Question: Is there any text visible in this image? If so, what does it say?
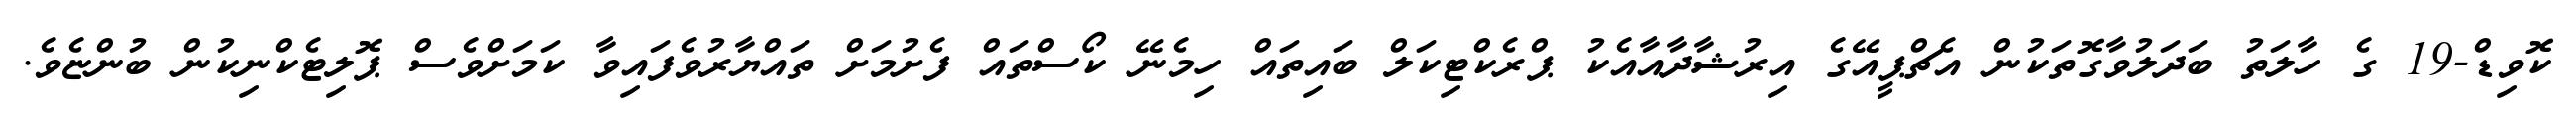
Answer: ކޮވިޑް-19 ގެ ހާލަތު ބަދަލުވާގޮތަކުން އެޗްޕީއޭގެ އިރުޝާދާއާއެކު ޕްރެކްޓިކަލް ބައިތައް ހިމެނޭ ކޯސްތައް ފެށުމަށް ތައްޔާރުވެފައިވާ ކަމަށްވެސް ޕޮލިޓެކްނިކުން ބުންޏެވެ.